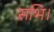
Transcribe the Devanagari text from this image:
सभि।